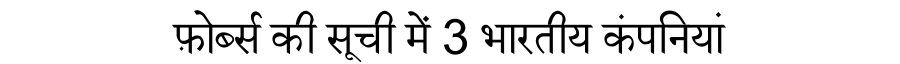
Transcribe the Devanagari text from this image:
फ़ोर्ब्स की सूची में 3 भारतीय कंपनियां